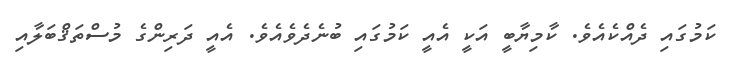
ކަމުގައި ދެއްކެއެވެ. ކާމިޔާބީ އަކީ އެއީ ކަމުގައި ބުނެދެވެއެވެ. އެއީ ދަރިންގެ މުސްތަޤްބަލާއި